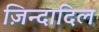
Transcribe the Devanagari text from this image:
ज़िन्दादिल